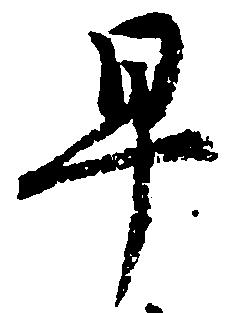
早